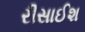
રીસાઈશ